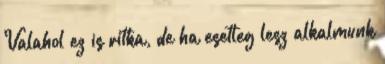
Valahol ez is ritka, de ha esetleg lesz alkalmunk